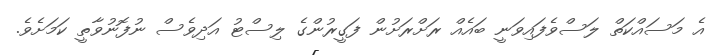
އެ މަސައްކަތް ލަސްވެފައިވަނީ ބައެއް ރަށްރަށުން ފަގީރުންގެ ލިސްޓު އަދިވެސް ނުފޮނުވާތީ ކަމަށެވެ.